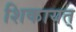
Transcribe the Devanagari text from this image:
शिकायत्